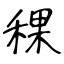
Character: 稞